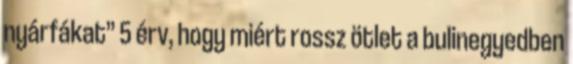
nyárfákat” 5 érv, hogy miért rossz ötlet a bulinegyedben